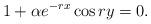
LaTeX: \begin{align*} 1+\alpha e^{-rx}\cos ry=0.\end{align*}